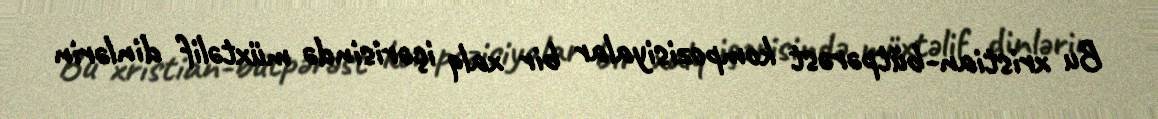
Bu xristian-bütpərəst kompozisiyalar bir xalq içərisində müxtəlif dinlərin